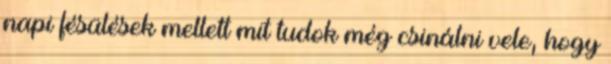
napi fésülések mellett mit tudok még csinálni vele, hogy